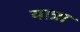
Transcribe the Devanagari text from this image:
यात्रा